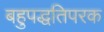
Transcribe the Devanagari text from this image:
बहुपद्धतिपरक